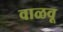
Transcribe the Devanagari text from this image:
वाळवू